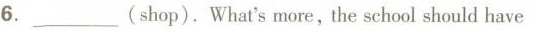
6.___（shop）.What'smore，the school should have